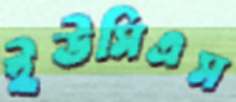
ইউসিএস